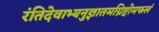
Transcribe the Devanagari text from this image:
रंतिदेवाभ्यनुज्ञातमग्निष्टोमफलं